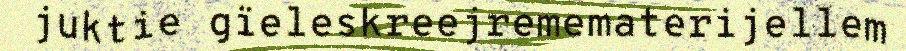
juktie gïeleskreejremematerijellem